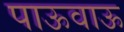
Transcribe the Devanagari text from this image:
पाऊवाऊ